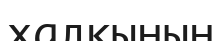
халқынын